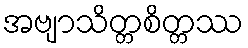
အဗျာသိတ္တစိတ္တဿ